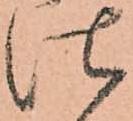
仕